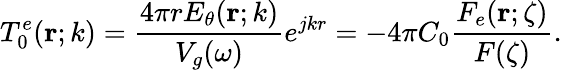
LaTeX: T_{0}^{e}({\mathbf r};k)=\frac{4\pi rE_{\theta}({\mathbf r};k)}{V_{g}(\omega)}e^{jkr}=-4\pi C_{0}\frac{F_{e}({\mathbf r};\zeta)}{F(\zeta)}.